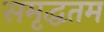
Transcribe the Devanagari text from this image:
समृद्धतम